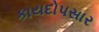
કાયદોપસાર